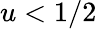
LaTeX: u<1/2